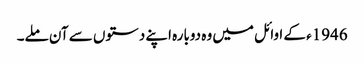
1946ء کے اوائل میں وہ دوبارہ اپنے دستوں سے آن ملے۔